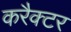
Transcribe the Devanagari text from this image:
करैक्टर